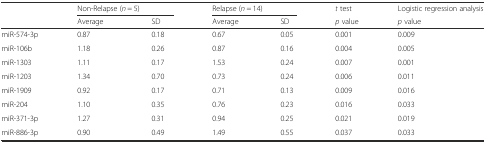
| <ROWSPAN=2>  | <COLSPAN=2> Non-Relapse (n = 5) | <COLSPAN=2> Relapse (n = 14) | t test | Logistic regression analysis |
 | Average | SD | Average | SD | p value | p value |
 | --- | --- | --- | --- | --- | --- | --- |
 | miR-574-3p | 0.87 | 0.18 | 0.67 | 0.05 | 0.001 | 0.009 |
 | miR-106b | 1.18 | 0.26 | 0.87 | 0.16 | 0.004 | 0.005 |
 | miR-1303 | 1.11 | 0.17 | 1.53 | 0.24 | 0.007 | 0.001 |
 | miR-1203 | 1.34 | 0.70 | 0.73 | 0.24 | 0.006 | 0.011 |
 | miR-1909 | 0.92 | 0.17 | 0.71 | 0.13 | 0.009 | 0.016 |
 | miR-204 | 1.10 | 0.35 | 0.76 | 0.23 | 0.016 | 0.033 |
 | miR-371-3p | 1.27 | 0.31 | 0.94 | 0.25 | 0.021 | 0.019 |
 | miR-886-3p | 0.90 | 0.49 | 1.49 | 0.55 | 0.037 | 0.033 |